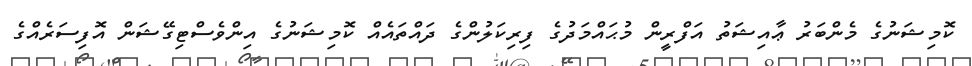
ކޮމިޝަނުގެ މެންބަރު ޢާއިޝަތު އަފްރީން މުޙައްމަދުގެ ފިރިކަލުންގެ ދައްތައެއް ކޮމިޝަނުގެ އިންވެސްޓިގޭޝަން އޮފިސަރެއްގެ